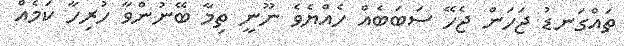
ތައްގަނޑު ޖަހަން ޖެހޭ ސަބަބެއް ހެއްޔެވެ ނޫނީ ތިމާ ބޭނުންވާ ހުރިހާ ކަމެއް